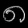
Digit: ၈